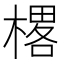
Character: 𰘜